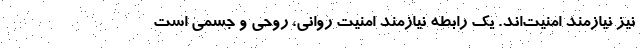
نیز نیازمند امنیت‌اند. یک رابطه نیازمند امنیت روانی، روحی و جسمی است